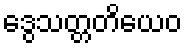
ဒွေသတ္တတိယေဝ